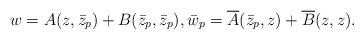
LaTeX: \begin{align*}w = A(z,\bar{z}_p) + B(\bar{z}_p,\bar{z}_p), \bar{w}_p = \overline{A}(\bar{z}_p,z) + \overline{B}(z,z) .\end{align*}